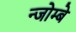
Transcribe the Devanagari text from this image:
न्जोम्बे